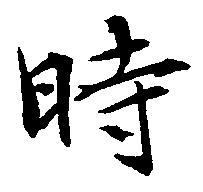
時